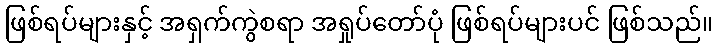
ဖြစ်ရပ်များနှင့် အရှက်ကွဲစရာ အရှုပ်တော်ပုံ ဖြစ်ရပ်များပင် ဖြစ်သည်။